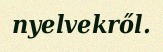
nyelvekről.